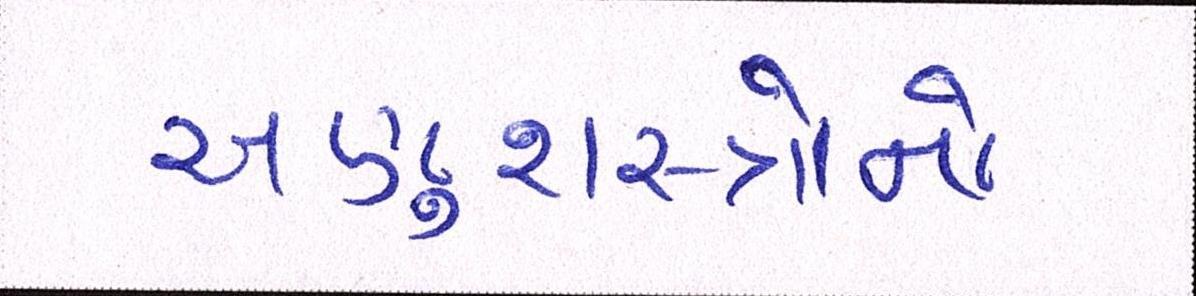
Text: અણુશસ્ત્રોનો